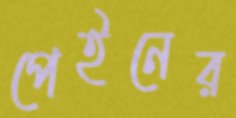
পেইনের